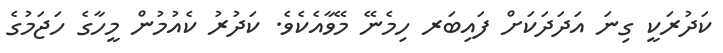
ކަދުރަކީ ގިނަ އަދަދަކަށް ފައިބަރ ހިމެނޭ މޭވާއެކެވެ. ކަދުރު ކެއުމުން މީހާގެ ހަޖަމުގެ